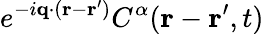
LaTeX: e^{-i\mathbf{q}\cdot(\mathbf{r}-\mathbf{r^{\prime}})}C^{\alpha}(\mathbf{r}-\mathbf{r^{\prime}},t)